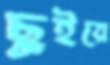
ছুইয়ে